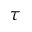
\tau